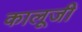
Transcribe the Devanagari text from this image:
कालूजी